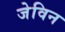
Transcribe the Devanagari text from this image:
जेविन